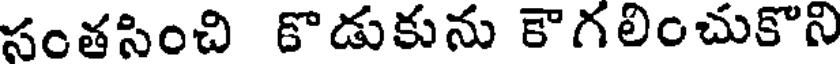
సంతసించి కొడుకును కౌగలించుకొని